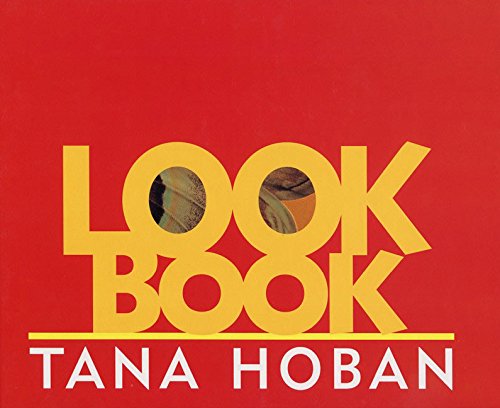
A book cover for Look Book; Tana Hoban; Children's Books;